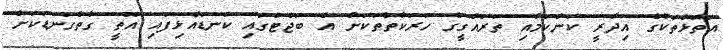
އަތޮޅުތަކުގެ އިދާރީ ކަންކަމާއި ތަރައްގީގެ ހަރަކާތްތަކަށް އެ ބަޖެޓުގައި ކަނޑައެޅިފައި އޮތީ ގާތްގަނޑަކަށް